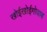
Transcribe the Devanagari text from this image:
खोईखोईगोवाब